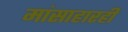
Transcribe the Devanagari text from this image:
मांसाहारही